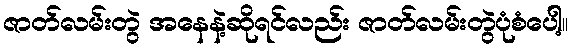
ဇာတ်လမ်းတွဲ အနေနဲ့ဆိုရင်လည်း ဇာတ်လမ်းတွဲပုံစံပေါ့။